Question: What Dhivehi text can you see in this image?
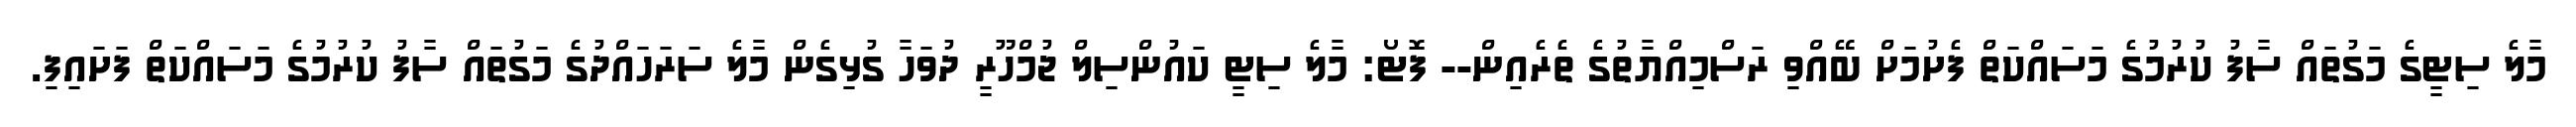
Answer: މާލެ ސިޓީގެ މަގުތައް ސާފު ކުރުމުގެ މަސައްކަތް ފެށުމަށް ބޭއްވި ރަސްމިއްޔާތުގެ ތެރެއިން-- ފޮޓޯ: މާލެ ސިޓީ ކައުންސިލް ޖުމްހޫރީ ދުވަހާ ގުޅިގެން މާލެ ސަރަހައްދުގެ މަގުތައް ސާފު ކުރުމުގެ މަސައްކަތް ފަށައިފި.